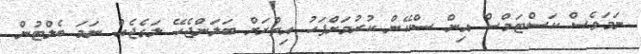
ނަމަވެސް ކަސްޓަމްސް އިން ސްކޭން ކުރުމަށްފަހު އިތުރަށް ބަލަންޖެހޭ ލަގެޖެއް ނަމަ ބެލްޓުން